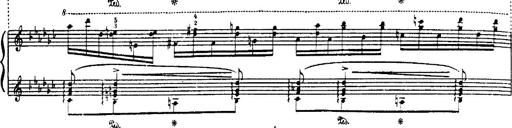
Title: Danza sacra e duetto finale dâ€™Aida
Composer: Franz Liszt